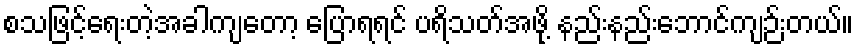
စသဖြင့်ရေးတဲ့အခါကျတော့ ပြောရရင် ပရိသတ်အဖို့ နည်းနည်းဘောင်ကျဉ်းတယ်။